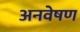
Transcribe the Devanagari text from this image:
अनवेषण